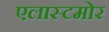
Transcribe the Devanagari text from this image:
एलास्टमोर